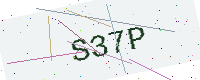
Text: S37P